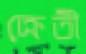
ক্রেতী